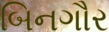
બિનગૌર